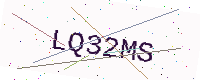
Text: LQ32MS